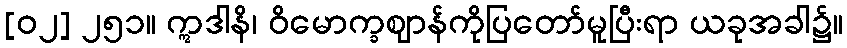
[၀၂] ၂၅၁။ ဣဒါနိ၊ ဝိမောက္ခဈာန်ကိုပြတော်မူပြီးရာ ယခုအခါ၌။